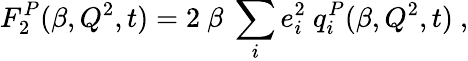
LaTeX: F_{2}^{P}(\beta,Q^{2},t)=2~\beta~\sum_{i}e_{i}^{2}~q_{i}^{P}(\beta,Q^{2},t)~,